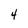
Character: 4